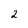
Character: 2